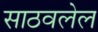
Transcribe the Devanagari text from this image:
साठवलेल